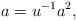
LaTeX: \begin{align*} a=u^{-1}a^2,\end{align*}